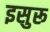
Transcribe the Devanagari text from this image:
इसुरू